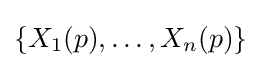
\{X_{1}(p),\dots ,X_{n}(p)\}